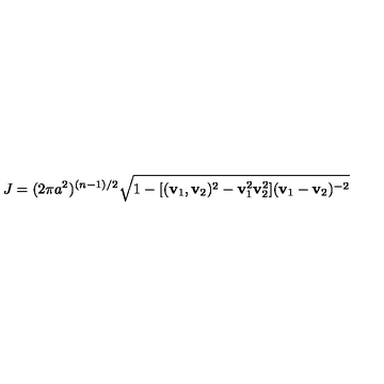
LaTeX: J = ( 2 \pi a ^ { 2 } ) ^ { ( n - 1 ) / 2 } \sqrt { 1 - [ ( { \bf v } _ { 1 } , { \bf v } _ { 2 } ) ^ { 2 } - { \bf v } _ { 1 } ^ { 2 } { \bf v } _ { 2 } ^ { 2 } ] ( { \bf v } _ { 1 } - { \bf v } _ { 2 } ) ^ { - 2 } }